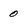
Character: 0